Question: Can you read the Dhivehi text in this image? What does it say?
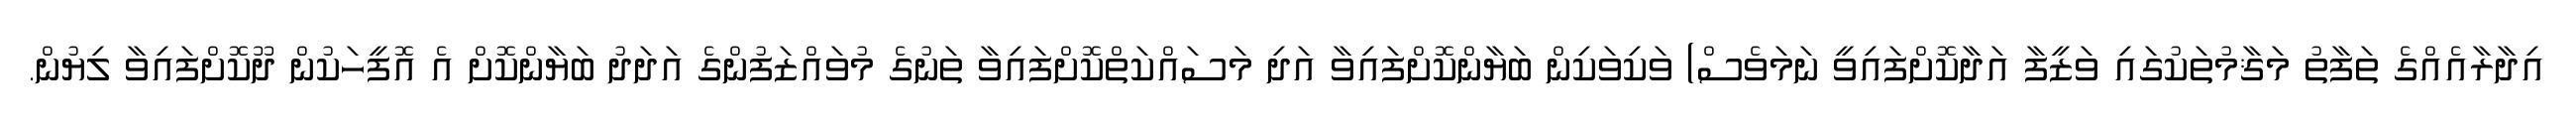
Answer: އިދާރާއެއްގެ ތަފާތު މަޤާމުތަކުގައި ވަޒީފާ އަދާކޮށްފައިވީ ނަމަވެސް) ވަކިވަކިން ބަޔާންކޮށްފައިވާ އަދި މަސައްކަތްކޮށްފައިވާ ތަނުގެ މުވައްޒަފުންގެ އަދަދު ބަޔާންކޮށް އެ އޮފީހަކުން ދޫކޮށްފައިވާ ލިޔުން.